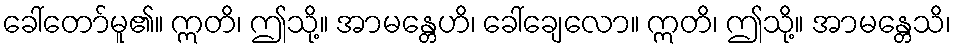
ခေါ်တော်မူ၏။ ဣတိ၊ ဤသို့။ အာမန္တေဟိ၊ ခေါ်ချေလော။ ဣတိ၊ ဤသို့။ အာမန္တေသိ၊